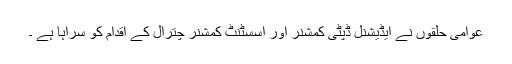
عوامی حلقوں نے ایڈیشنل ڈپٹی کمشنر اور اسسٹنٹ کمشنر چترال کے اقدام کو سراہا ہے ۔